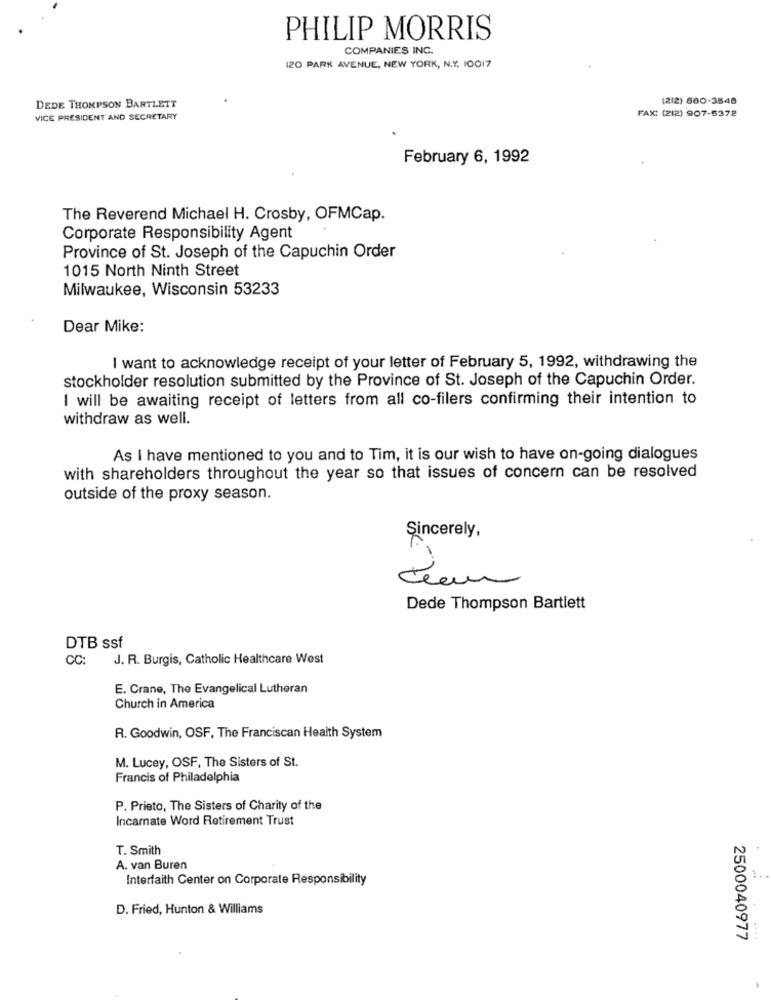
PHILIP MORRIS
COMPANIES INC.
120 PARK AVENUE, NEW YORK, N.Y. 10017
(212) 600-3548
DEDE THOMPSON BARTLETT
FAX: (212) 907-5372
VICE PRESIDENT AND SECRETARY
February 6, 1992
The Reverend Michael H. Crosby, OFMCap.
Corporate Responsibility Agent
Province of St. Joseph of the Capuchin Order
1015 North Ninth Street
Milwaukee, Wisconsin 53233
Dear Mike:
I want to acknowledge receipt of your letter of February 5, 1992, withdrawing the
stockholder resolution submitted by the Province of St. Joseph of the Capuchin Order.
I will be awaiting receipt of letters from all co-filers confirming their intention to
withdraw as well.
As I have mentioned to you and to Tim, it is our wish to have on-going dialogues
with shareholders throughout the year so that issues of concern can be resolved
outside of the proxy season.
Sincerely,
-
Dede Thompson Bartlett
DTB ssf
CC:
J. R. Burgis, Catholic Healthcare West
E. Crane, The Evangelical Lutheran
Church in America
R. Goodwin, OSF, The Franciscan Health System
M. Lucey, OSF, The Sisters of St.
Francis of Philadelphia
P. Prieto, The Sisters of Charity of the
Incamate Word Retirement Trust
T. Smith
A. van Buren
Interfaith Center on Corporate Responsibility
D. Fried, Hunton & Williams
2500040977
....